Problem: 12 + 28 = ?
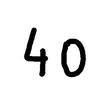
Handwritten answer: 40